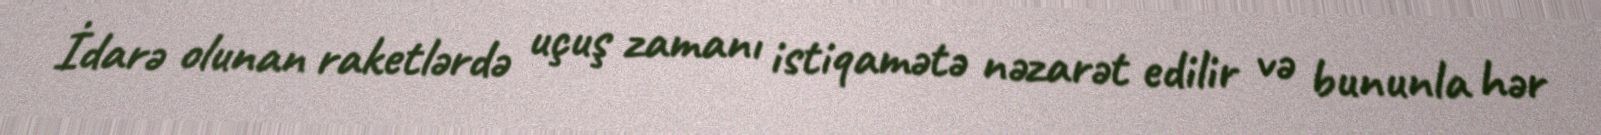
İdarə olunan raketlərdə uçuş zamanı istiqamətə nəzarət edilir və bununla hər